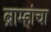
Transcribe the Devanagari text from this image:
ब्राम्हांचा